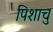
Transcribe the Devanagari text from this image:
पिशाचु